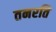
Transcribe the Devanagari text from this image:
तनरति